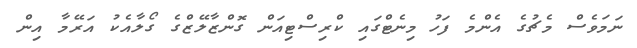
ނަމަވެސް މެޗުގެ އެންމެ ފަހު މިނެޓްގައި ކްރިސްޓިއަން ގޮންޒާލޭޒްގެ ގޯލާއެކު އަރޭމާ އިން